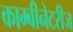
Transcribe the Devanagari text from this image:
काम्बीनेटरीज